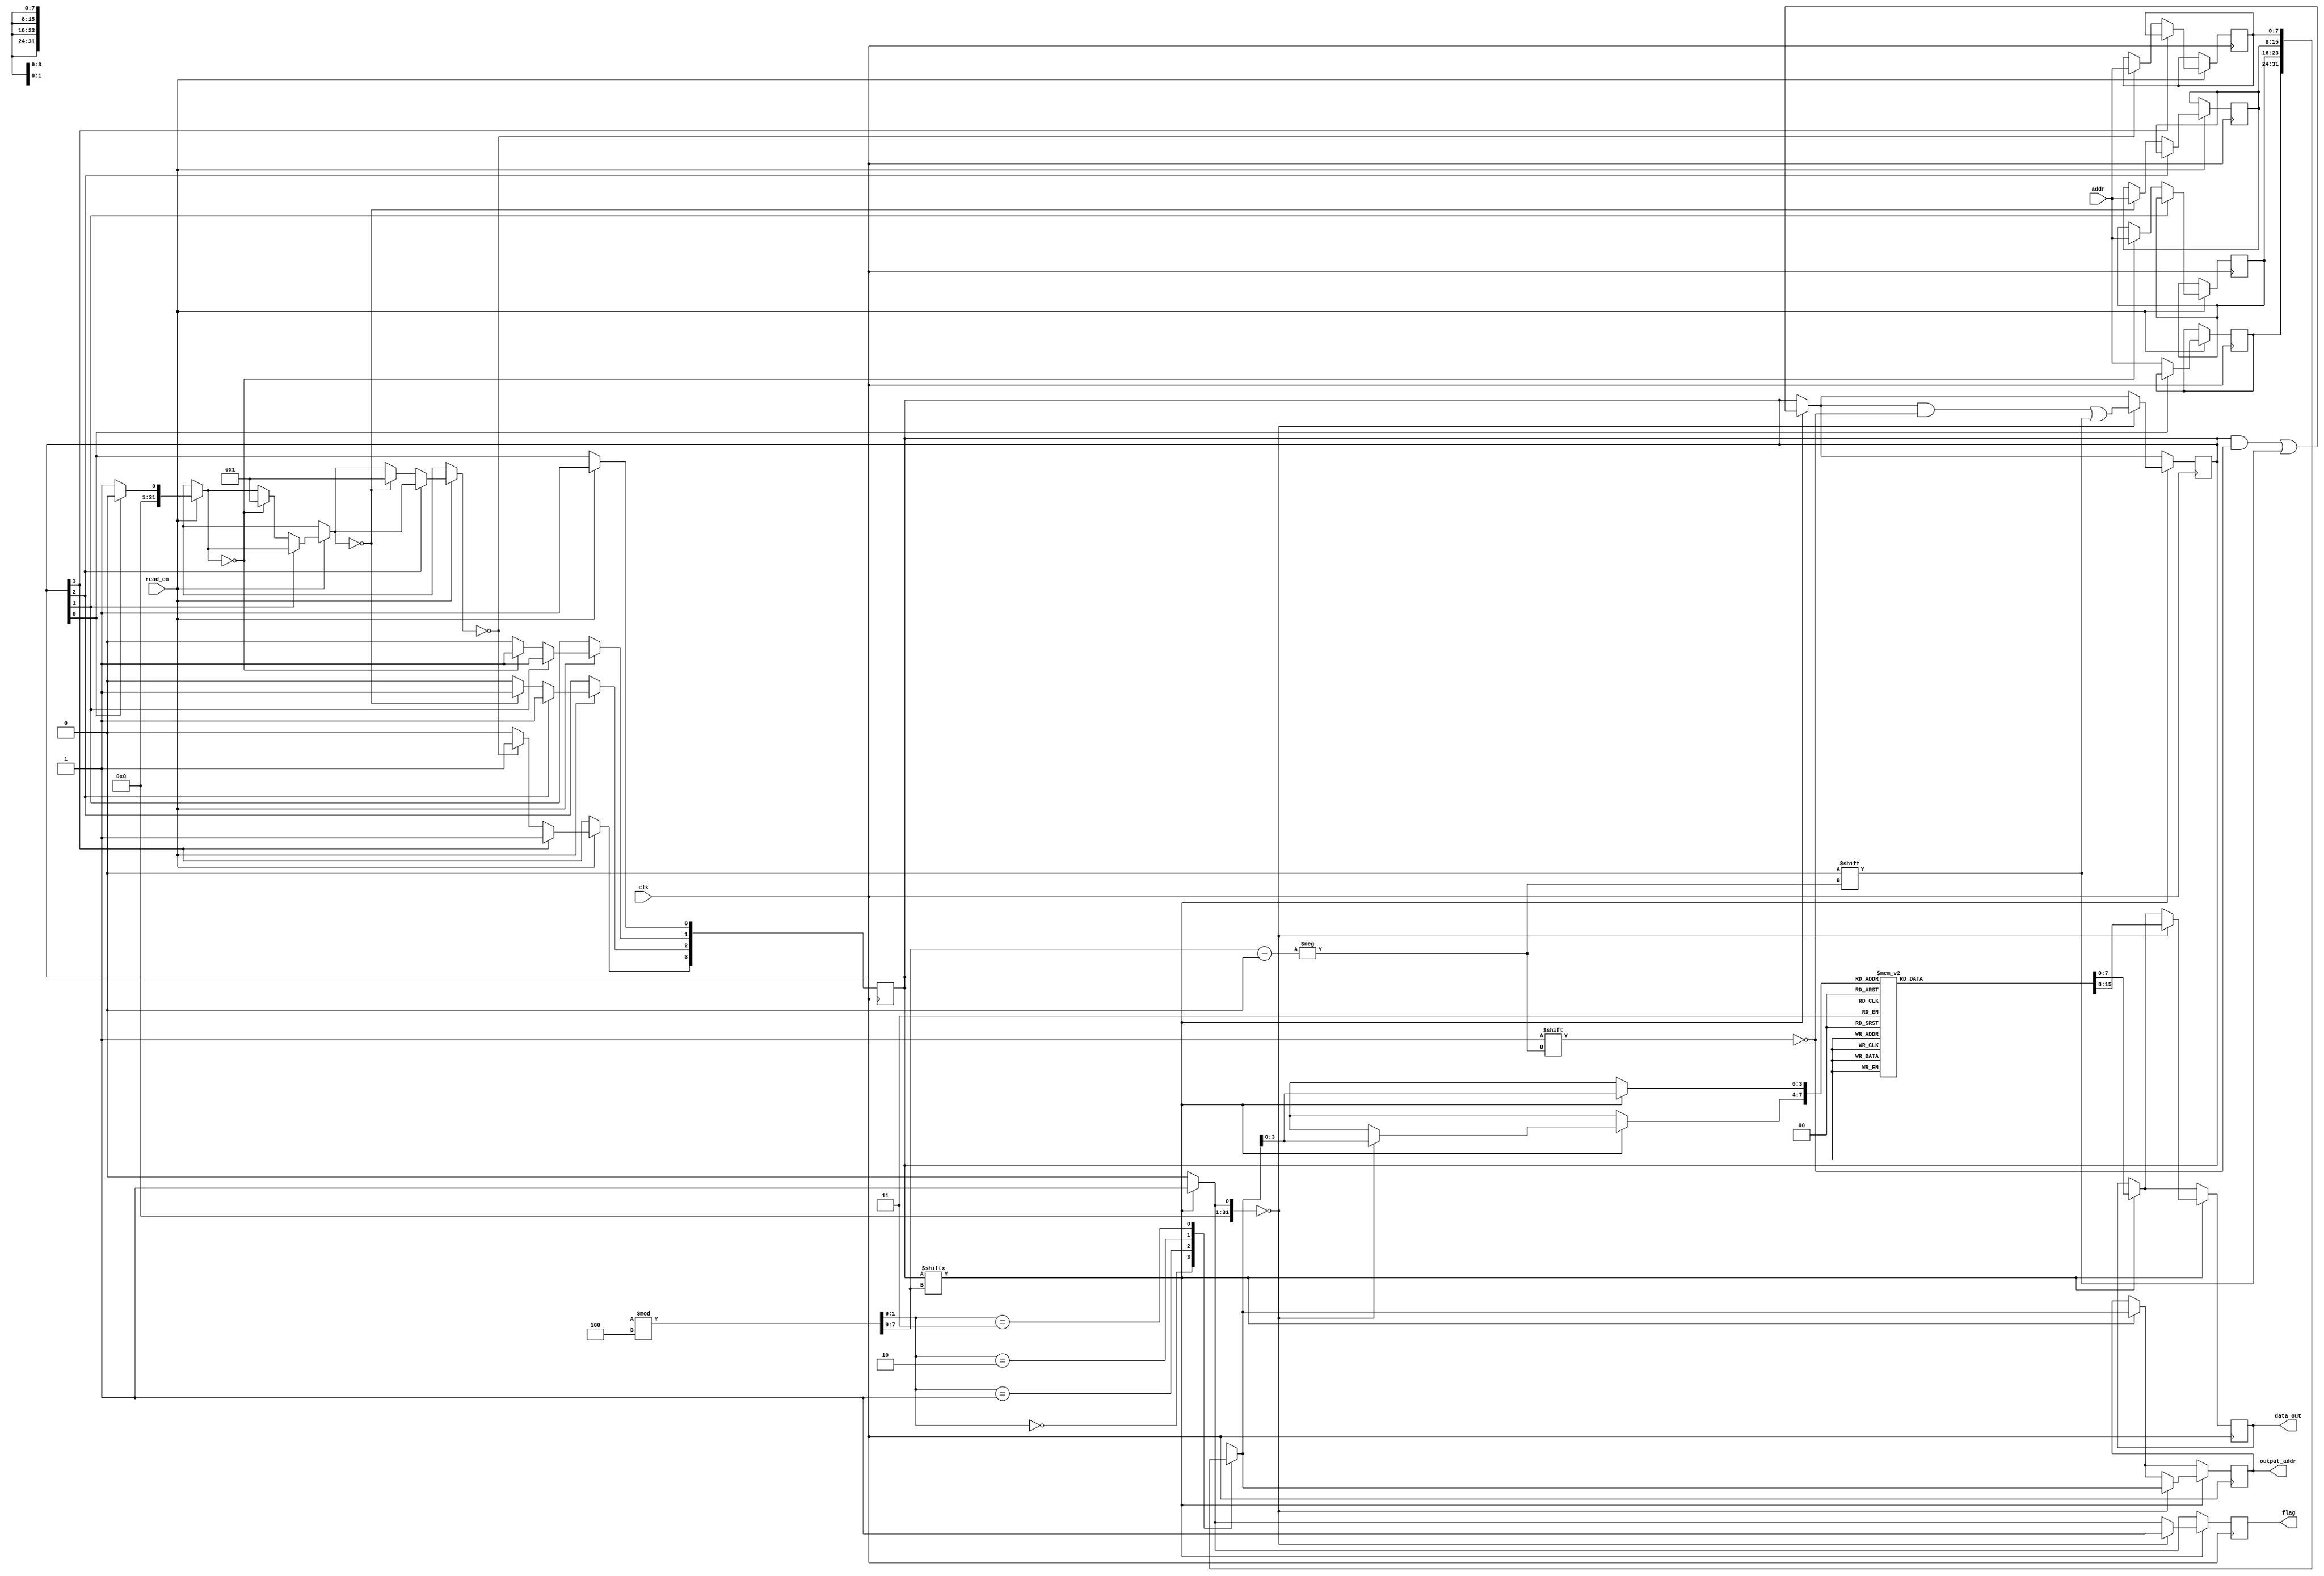
module mem_control
(
    input clk,
    input [7:0] addr,
    input read_en,

    output reg [7:0] data_out = 0,
    output reg [7:0] output_addr,
    output reg flag = 0
);

reg signed [1:0] i = 0;
reg [7:0] mem [15:0];
reg [7:0] buff [3:0];
reg [3:0] is_valid = 0;
reg [7:0] slct; 

integer j;
integer p;

initial
begin
    mem[0] = 8'd33;
    mem[1] = 14;
    mem[2] = 69;
    mem[3] = 11;
    mem[4] = 54;
    mem[5] = 47;
    mem[6] = 99;
    mem[7] = 96;
    mem[8] = 23;
    mem[9] = 1;
    mem[10] = 78;
    mem[11] = 52;
    mem[12] = 22;
    mem[13] = 13;
    mem[14] = 19;
    mem[15] = 17;
end

always @(posedge clk) 
    if (read_en)
    begin
        p=0;
        for (j=0; j < 4; j = j +1)
            if (is_valid[j] == 0)
                if (p == 0) 
                    begin
                        is_valid[j] <= 1;
                        buff[j] <= addr;
                        p=1;
                    end      
    end

always @(posedge clk)
begin
    p=0;
    flag = 0;
    for (j=0; j < 2; j = j +1)
    begin
        slct = $random%4;
        if (is_valid[slct])
            if (p==0)
                begin
                    data_out <= mem[buff[slct]];
                    p=1;
                    is_valid[slct] <= 0;
                    flag <= 1;
                    output_addr <= buff[slct];
                end    
    end
end


endmodule